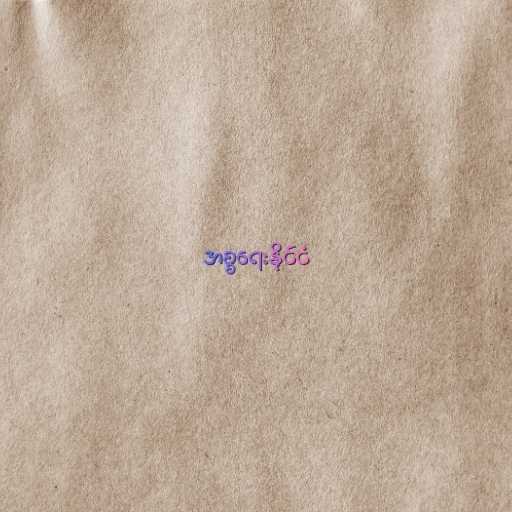
အစ္စရေးနိုင်ငံ